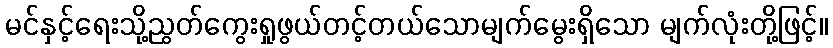
မင်နှင့်ရေးသို့ညွတ်ကွေးရှုဖွယ်တင့်တယ်သောမျက်မွေးရှိသော မျက်လုံးတို့ဖြင့်။